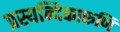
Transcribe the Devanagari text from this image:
प्रस्यन्दिकारुणि